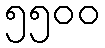
၅၅၀၀